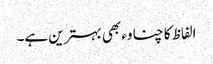
الفاظ کا چناوء بھی بہترین ہے۔